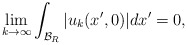
\begin{align*} \lim_{k \to \infty} \int_{\mathcal{B}_R}|u_k(x',0)| dx' = 0,\end{align*}